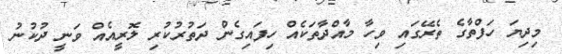
މިދިޔަ ހަފްތާގެ ތެރޭގައި ވިހާ މާއްދާތަކެއް ހިފައިގެން ދަތުރުކުރި ލޮރީއެއް ވަނީ ދުކުނު